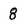
Character: 8